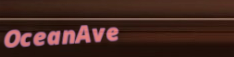
OceanAve